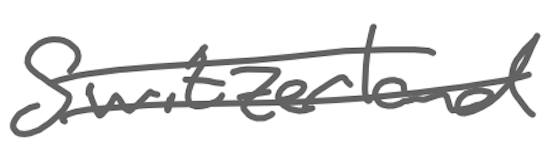
Text: Switzerland
Cross-out: double-line
Writing tool: digital_gray